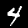
Digit: 4